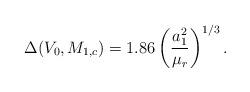
LaTeX: \begin{align*}\Delta ( V_0 , M_{1,c} ) = 1.86 \left ( {{a_1^2} \over {\mu_r}} \right ) ^{1/3}.\end{align*}